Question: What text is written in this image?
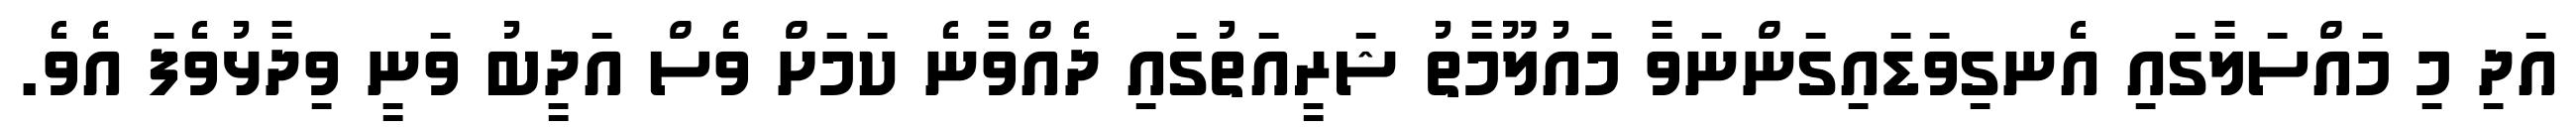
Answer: އަދި މި މައްސަލާގައި އެނގިވަޑައިގަންނަވާ މައުލޫމާތު ޝަރީއަތުގައި ދެއްވާނެ ކަމަށް ވެސް އަދީބު ވަނީ ވިދާޅުވެފަ އެވެ.